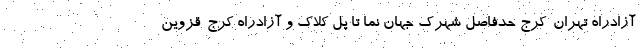
آزادراه تهران-کرج حدفاصل شهرک جهان نما تا پل کلاک و آزادراه کرج-قزوین